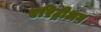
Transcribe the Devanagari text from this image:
एरिट्रीअन